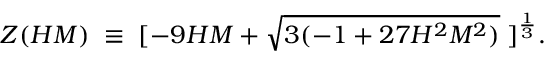
Z ( H M ) \; \equiv \; [ - 9 H M + \sqrt { 3 ( - 1 + 2 7 H ^ { 2 } M ^ { 2 } ) } \; ] ^ { \frac { 1 } { 3 } } .